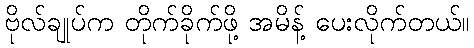
ဗိုလ်ချုပ်က တိုက်ခိုက်ဖို့ အမိန့် ပေးလိုက်တယ်။